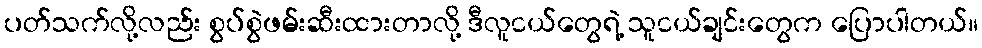
ပတ်သက်လို့လည်း စွပ်စွဲဖမ်းဆီးထားတာလို့ ဒီလူငယ်တွေရဲ့ သူငယ်ချင်းတွေက ပြောပါတယ်။